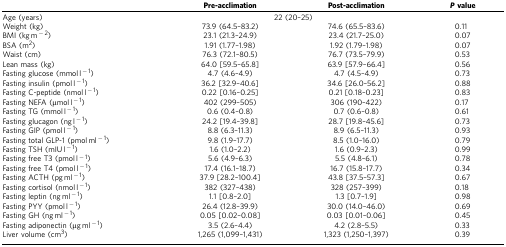
<table><thead><tr><td><b> </b></td><td><b>Pre-acclimation</b></td><td><b>Post-acclimation</b></td><td><b><i>P</i>value</b></td></tr></thead><tbody><tr><td>Age (years)</td><td colspan="2">22 (20–25)</td><td> </td></tr><tr><td>Weight (kg)</td><td>73.9 (64.5–83.2)</td><td>74.6 (65.5–83.6)</td><td>0.11</td></tr><tr><td>BMI (kg m<sup>−2</sup>)</td><td>23.1 (21.3–24.9)</td><td>23.4 (21.7–25.0)</td><td>0.07</td></tr><tr><td>BSA (m<sup>2</sup>)</td><td>1.91 (1.77–1.98)</td><td>1.92 (1.79–1.98)</td><td>0.07</td></tr><tr><td>Waist (cm)</td><td>76.3 (72.1–80.5)</td><td>76.7 (73.5–79.9)</td><td>0.53</td></tr><tr><td>Lean mass (kg)</td><td>64.0 [59.5–65.8]</td><td>63.9 [57.9–66.4]</td><td>0.56</td></tr><tr><td>Fasting glucose (mmol l<sup>−1</sup>)</td><td>4.7 (4.6–4.9)</td><td>4.7 (4.5–4.9)</td><td>0.73</td></tr><tr><td>Fasting insulin (pmol l<sup>−1</sup>)</td><td>36.2 [32.9–40.6]</td><td>34.6 [26.0–56.2]</td><td>0.88</td></tr><tr><td>Fasting C-peptide (nmol l<sup>−1</sup>)</td><td>0.22 [0.16–0.25]</td><td>0.21 [0.18–0.23]</td><td>0.83</td></tr><tr><td>Fasting NEFA (μmol l<sup>−1</sup>)</td><td>402 (299–505)</td><td>306 (190–422)</td><td>0.17</td></tr><tr><td>Fasting TG (mmol l<sup>−1</sup>)</td><td>0.6 (0.4–0.8)</td><td>0.7 (0.6–0.8)</td><td>0.61</td></tr><tr><td>Fasting glucagon (ng l<sup>−1</sup>)</td><td>24.2 [19.4–39.8]</td><td>28.7 [19.8–45.6]</td><td>0.73</td></tr><tr><td>Fasting GIP (pmol l<sup>−1</sup>)</td><td>8.8 (6.3–11.3)</td><td>8.9 (6.5–11.3)</td><td>0.93</td></tr><tr><td>Fasting total GLP-1 (pmol ml<sup>−1</sup>)</td><td>9.8 (1.9–17.7)</td><td>8.5 (1.0–16.0)</td><td>0.79</td></tr><tr><td>Fasting TSH (mIU l<sup>−1</sup>)</td><td>1.6 (1.0–2.2)</td><td>1.6 (0.9–2.3)</td><td>0.99</td></tr><tr><td>Fasting free T3 (pmol l<sup>−1</sup>)</td><td>5.6 (4.9–6.3)</td><td>5.5 (4.8–6.1)</td><td>0.78</td></tr><tr><td>Fasting free T4 (pmol l<sup>−1</sup>)</td><td>17.4 (16.1–18.7)</td><td>16.7 (15.8–17.7)</td><td>0.34</td></tr><tr><td>Fasting ACTH (pg ml<sup>−1</sup>)</td><td>37.9 [28.2–100.4]</td><td>43.8 [37.5–57.3]</td><td>0.67</td></tr><tr><td>Fasting cortisol (nmol l<sup>−1</sup>)</td><td>382 (327–438)</td><td>328 (257–399)</td><td>0.18</td></tr><tr><td>Fasting leptin (ng ml<sup>−1</sup>)</td><td>1.1 [0.8–2.0]</td><td>1.3 [0.7–1.9]</td><td>0.98</td></tr><tr><td>Fasting PYY (pmol l<sup>−1</sup>)</td><td>26.4 (12.8–39.9)</td><td>30.0 (14.0–46.0)</td><td>0.69</td></tr><tr><td>Fasting GH (ng ml<sup>−1</sup>)</td><td>0.05 [0.02–0.08]</td><td>0.03 [0.01–0.06]</td><td>0.45</td></tr><tr><td>Fasting adiponectin (μg ml<sup>−1</sup>)</td><td>3.5 (2.6–4.4)</td><td>4.2 (2.8–5.5)</td><td>0.33</td></tr><tr><td>Liver volume (cm<sup>3</sup>)</td><td>1,265 (1,099–1,431)</td><td>1,323 (1,250–1,397)</td><td>0.39</td></tr></tbody></table>